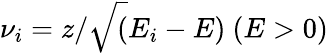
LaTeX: \nu_{i}=z/\sqrt(E_{i}-E)\ (E>0)